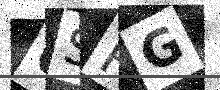
Text: 6SPG